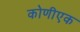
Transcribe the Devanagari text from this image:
कोणीएक